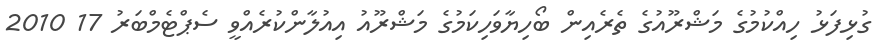
ގުޅިފަޅު ހިއްކުމުގެ މަޝްރޫއުގެ ތެރެއިން ބޯހިޔާވަހިކަމުގެ މަޝްރޫއު އިއުލާންކުރެއްވީ ސެޕްޓެމްބަރު 17 2010